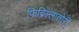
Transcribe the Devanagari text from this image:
फिब्रिल्लातोरी